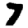
Digit: 7